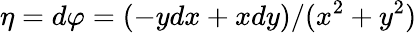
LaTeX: \eta=d\varphi=(-ydx+xdy)/(x^{2}+y^{2})